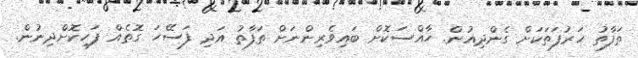
ތަފާތު ހަރުފަތަކަށް ގެންދިއުން. ހާއްސަކޮށް ބައިވެރިންނަށް ތަފާތު އަދި ފަސޭހަ ގޮތެއް ފަހިކޮށްދިނުން.